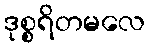
ဒုစ္စရိတမလေ